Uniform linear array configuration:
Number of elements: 12
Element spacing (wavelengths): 0.5
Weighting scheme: exponential
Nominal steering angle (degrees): -60
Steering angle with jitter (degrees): -58.013
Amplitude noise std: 0.05
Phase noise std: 0.05

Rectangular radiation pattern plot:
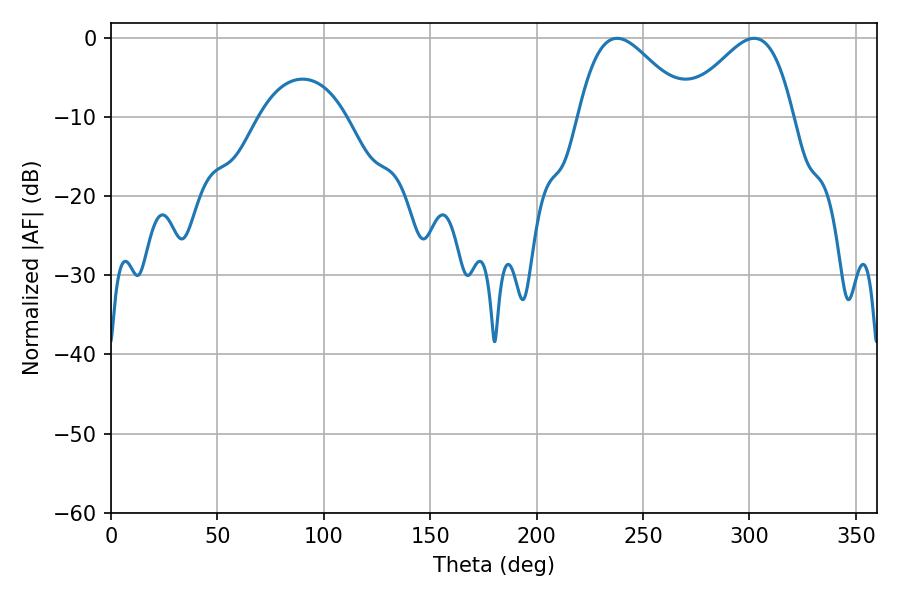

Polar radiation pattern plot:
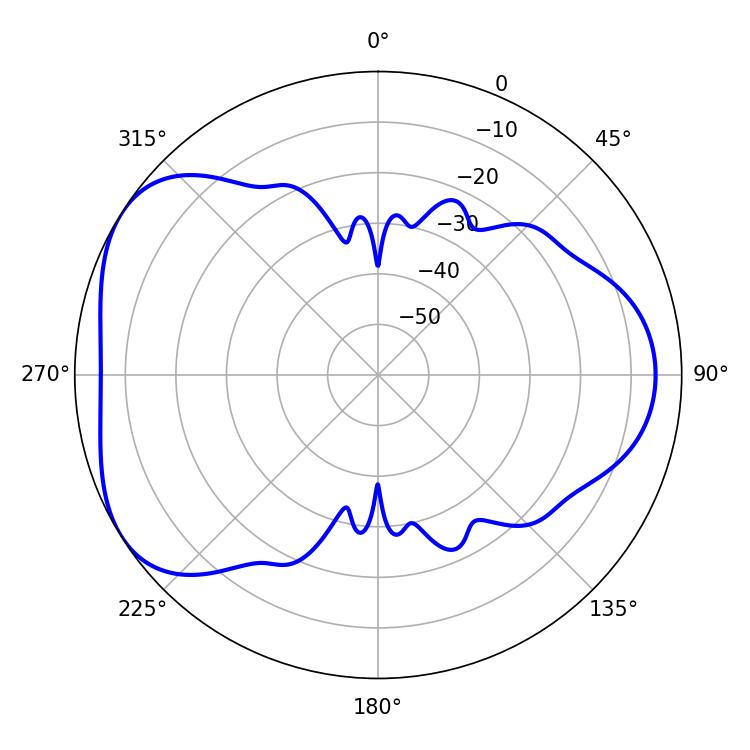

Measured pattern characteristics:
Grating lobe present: FALSE
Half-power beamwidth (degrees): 27.36
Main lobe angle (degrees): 237.78